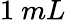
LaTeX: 1~mL